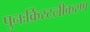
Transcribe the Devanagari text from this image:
पुनःर्क्रिस्टलीकरण